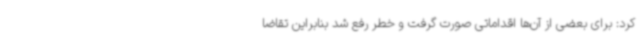
کرد: برای بعضی از آن‌ها اقداماتی صورت گرفت و خطر رفع شد بنابراین تقاضا